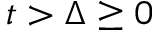
t > \Delta \ge 0